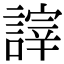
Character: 𧪹